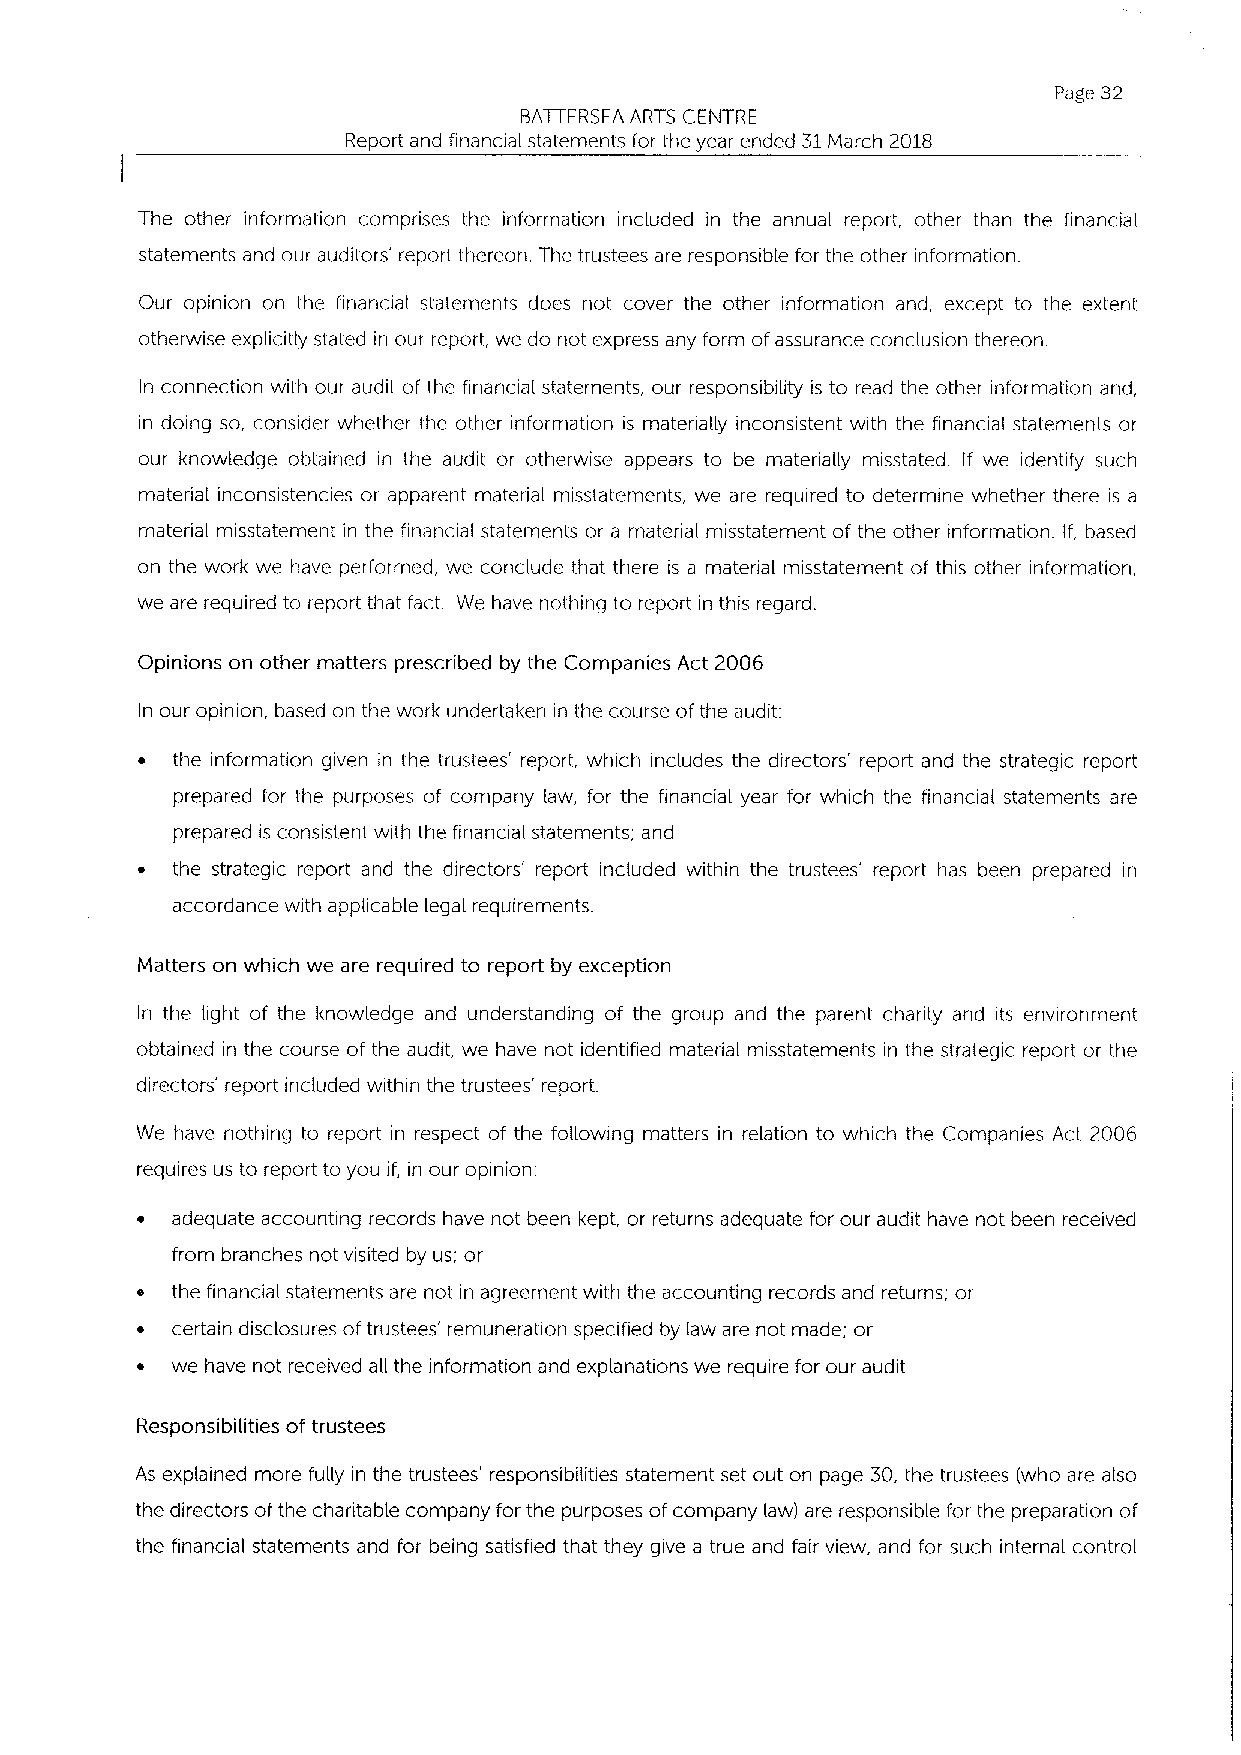
Page 32
 BATTERSEA ARTS CENTRE
 Report and financial statements for the year ended 31March 2018
 The other information comprises the information included in the annual report, other than the financial
 statements and our auditors' report thereon. The trustees are responsible for the other information.
 Our opinion on the financial statements does not cover the other information and, except to the extent
 otherwise explicitly stated in our report, we do not express any form ofassurance conclusion thereon.
 In connection with our audit of the financial statements, our responsibility is to read the other information and,
 in doing so, consider whether the other information is materially inconsistent with the financial statements or
 our knowledge obtained in the audit or otherwise appears to be materially misstated. If we identify such
 material inconsistencies or apparent material misstatements, we are required to determine whether there is a
 material misstatement in the financial statements or a material misstatement of the other information. If, based
 on the work we have performed, we conclude that there is a material misstatement of this other information,
 we are required to report that fact. We have nothing to report in this regard.
 Opinions on other matters prescribed by the Companies Act 2006
 In our opinion, based on the work undertaken in the course ofthe audit:
 ~ the information given in the trustees' report, which includes the directors' report and the strategic report
 prepared for the purposes of company law, for the financial year for which the financial statements are
 prepared is consistent with the financial statements; and
 ~ the strategic report and the directors' report included within the trustees' report has been prepared in
 accordance with applicable legal requirements.
 Matters on which we are required to report by exception
 In the light of the knowledge and understanding of the group and the parent charity and its environment
 obtained in the course of the audit, we have not identified material misstatements in the strategic report or the
 directors' report included within the trustees' report.
 We have nothing to report in respect of the following matters in relation to which the Companies Act 2006
 requires us to report to you if, in our opinion:
 ~ adequate accounting records have not been kept, or returns adequate for our audit have not been received
 from branches not visited by us; or
 the financial statements are not in agreement with the accounting records and returns; or
 ~ certain disclosures of trustees' remuneration specified by law are not made; or
 ~ we have not received all the information and explanations we require for our audit
 Responsibilities of trustees
 As explained more fully in the trustees' responsibilities statement set out on page 30, the trustees (who are also
 the directors ofthe charitable company for the purposes ofcompany Iaw) are responsible for the preparation of
 the financial statements and for being satisfied that they give a true and fair view, and for such internal control